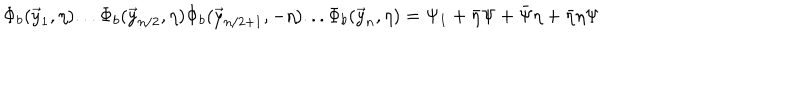
LaTeX: \Phi _ { b } ( \vec { y } _ { 1 } , \eta ) . . . \Phi _ { b } ( \vec { y } _ { n / 2 } , \eta ) \Phi _ { b } ( \vec { y } _ { n / 2 + 1 } , - \eta ) . . . \Phi _ { b } ( \vec { y } _ { n } , \eta ) = \Psi _ { 1 } + \bar { \eta } \Psi + \bar { \Psi } \eta + \bar { \eta } \eta \Psi